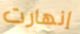
إنهارت